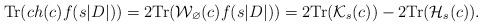
LaTeX: \begin{align*}{\rm Tr}(ch(c)f(s|D|))=2{\rm Tr}(\mathcal{W}_{\varnothing}(c)f(s|D|))=2{\rm Tr}(\mathcal{K}_s(c))-2{\rm Tr}(\mathcal{H}_s(c)).\end{align*}